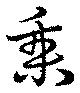
乗